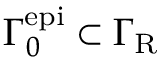
{ \Gamma } _ { 0 } ^ { \mathrm { e p i } } \subset { \Gamma } _ { \mathrm { R } }